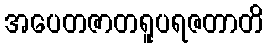
အပေတဇာတရူပရဇတာတိ